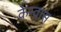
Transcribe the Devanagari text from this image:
केन्वास